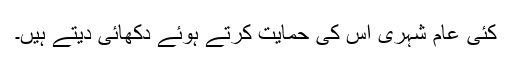
کئی عام شہری اس کی حمایت کرتے ہوئے دکھائی دیتے ہیں۔